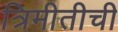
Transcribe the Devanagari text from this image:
त्रिमीतीची